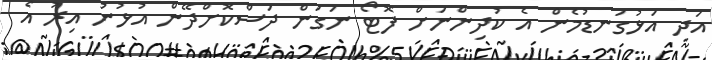
އަދި އަޅުގަނޑުމެން އެ ކުދިންނަށް ފޮޓޯ ނަގަން ދަސްކޮށްދޭން އުޅުނު އިރު އެ